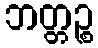
ဘတ္တဉ္စ